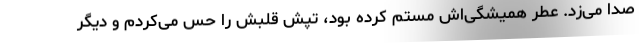
صدا می‌زد. عطر همیشگی‌اش مستم کرده بود، تپش قلبش را حس می‌کردم و دیگر